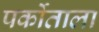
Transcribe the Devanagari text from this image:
पर्कोताला